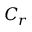
C _ { r }